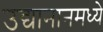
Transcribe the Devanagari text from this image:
उद्यानानमध्ये